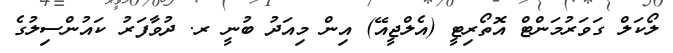
ލޯކަލް ގަވަރުމަންޓް އޮތޯރިޓީ (އެލްޖީއޭ) އިން މިއަދު ބުނީ ރ. ދުވާފަރު ކައުންސިލުގެ